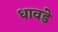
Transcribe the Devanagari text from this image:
धावडे